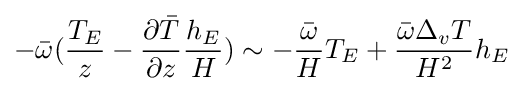
-{\bar {\omega }}({\frac {T_{E}}{z}}-{\frac {\partial {\bar {T}}}{\partial z}}{\frac {h_{E}}{H}})\sim -{\frac {\bar {\omega }}{H}}T_{E}+{\frac {{\bar {\omega }}\Delta _{v}T}{H^{2}}}h_{E}